Document type: Sale
Year: 1439
Scribe: Arnau d'Illes
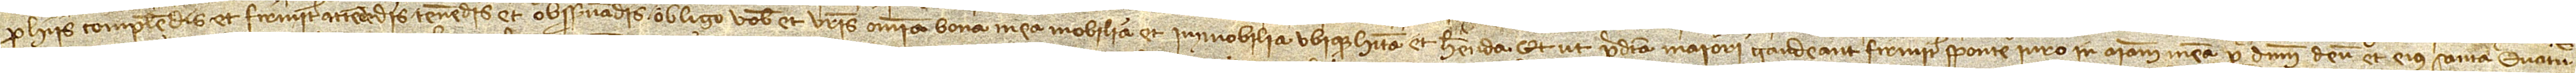
pro hiis complendis et firmiter attendendis, tenendis et observandis obligo vobis et vestris omnia bona mea, mobilia et immobilia, ubique habita et habenda. Et ut predicta maiori gaudeant firmitate sponte iuro in animam meam per Dominum Deum et eius sancta quatu-